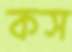
কস